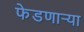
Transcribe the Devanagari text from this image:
फेडणाऱ्या